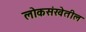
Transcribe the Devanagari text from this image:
लोकसंखेतील